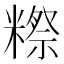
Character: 𬖴